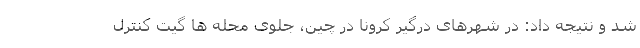
شد و نتیجه داد: در شهرهای درگیر کرونا در چین، جلوی محله ها گیت کنترل